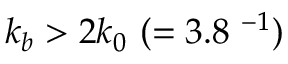
k _ { b } > 2 k _ { 0 } ~ ( = 3 . 8 ~ \AA ^ { - 1 } )